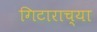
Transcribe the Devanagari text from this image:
गिटाराच्या